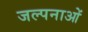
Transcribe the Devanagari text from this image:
जल्पनाओं